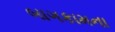
બાગકામના